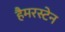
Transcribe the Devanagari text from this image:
हैमरस्टेन